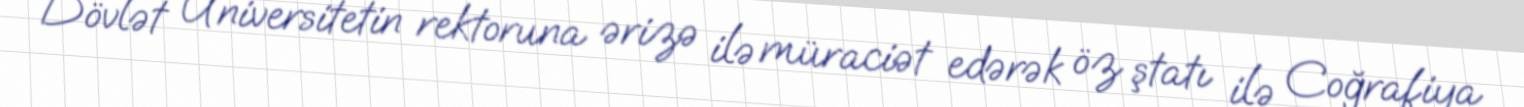
Dövlət Universitetin rektoruna ərizə ilə müraciət edərək öz ştatı ilə Coğrafiya